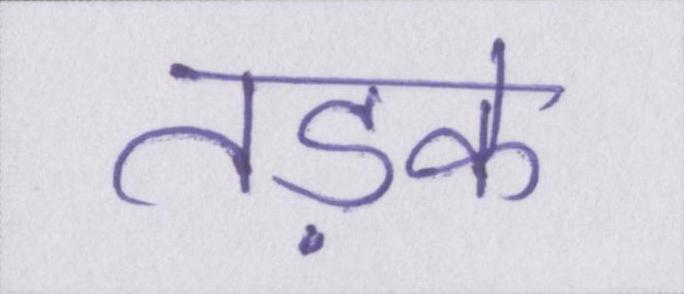
तड़के